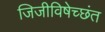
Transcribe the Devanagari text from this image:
जिजीविषेच्छंत